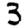
Digit: 3